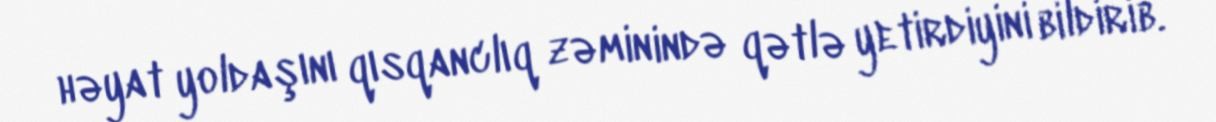
həyat yoldaşını qısqanclıq zəminində qətlə yetirdiyini bildirib.